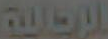
الإحالة